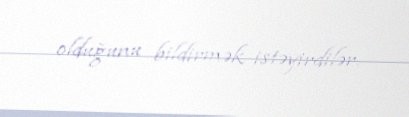
olduğunu bildirmək istəyirdilər.